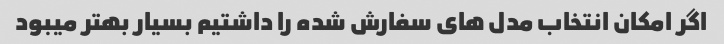
اگر امکان انتخاب مدل هاى سفارش شده را داشتیم بسیار بهتر میبود